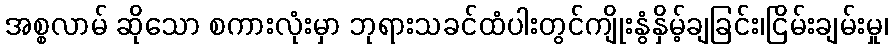
အစ္စလာမ် ဆိုသော စကားလုံးမှာ ဘုရားသခင်ထံပါးတွင်ကျိုးနွံနှိမ့်ချခြင်း၊ငြိမ်းချမ်းမှု၊